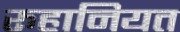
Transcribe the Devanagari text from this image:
रूहानियत